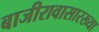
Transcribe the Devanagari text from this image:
बाजीरावासारख्या